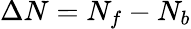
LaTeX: \Delta N=N_{f}-N_{b}